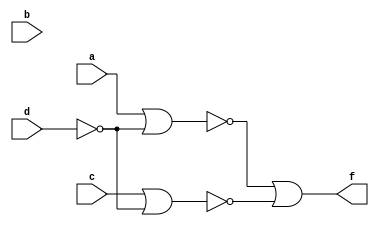
module exercise4(f, a, b, c, d);
input a, b, c, d;
output f;
assign f = ~((~((~(a | (~(d | d)))) | (~(c | (~(d | d)))))) | (~((~(a | (~(d | d)))) | (~(c | (~(d | d)))))));
endmodule